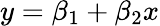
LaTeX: y=\beta_{1}+\beta_{2}x